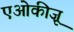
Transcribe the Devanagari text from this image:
एओकीज़ू